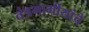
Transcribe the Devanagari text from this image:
तंत्रमार्गीयांचे